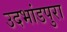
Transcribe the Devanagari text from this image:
उदभांडपुरा